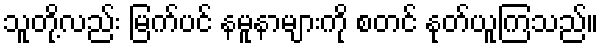
သူတို့လည်း မြက်ပင် နမူနာများကို စတင် နုတ်ယူကြသည်။